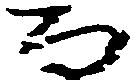
な